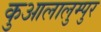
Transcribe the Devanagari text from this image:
कुआलालुम्पुर